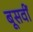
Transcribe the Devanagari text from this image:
बूसवीं